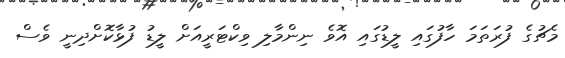
މެޗުގެ ފުރަތަމަ ހާފުގައި ލީޑުގައި އޮވެ ނިންމާލި ވިކްޓަރީއަށް ލީޑު ފުޅާކޮށްދިނީ ވެސް